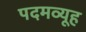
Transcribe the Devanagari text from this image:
पदमव्यूह